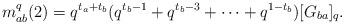
LaTeX: \begin{align*}m_{ab}^{q}(2)=q^{t_{a}+t_{b}}(q^{t_{b}-1}+q^{t_{b}-3}+\cdots+q^{1-t_{b}})[G_{ba}]_{q}.\end{align*}